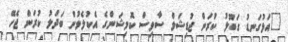
"އަޅުގަނޑު ގަބޫލު ކުރަން ޖުޑިޝަލް ސާވިސް ކޮމިޝަންގެ އެކުލެވުން ބަދަލު ކުރަން ޖެހޭ